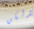
ولكن